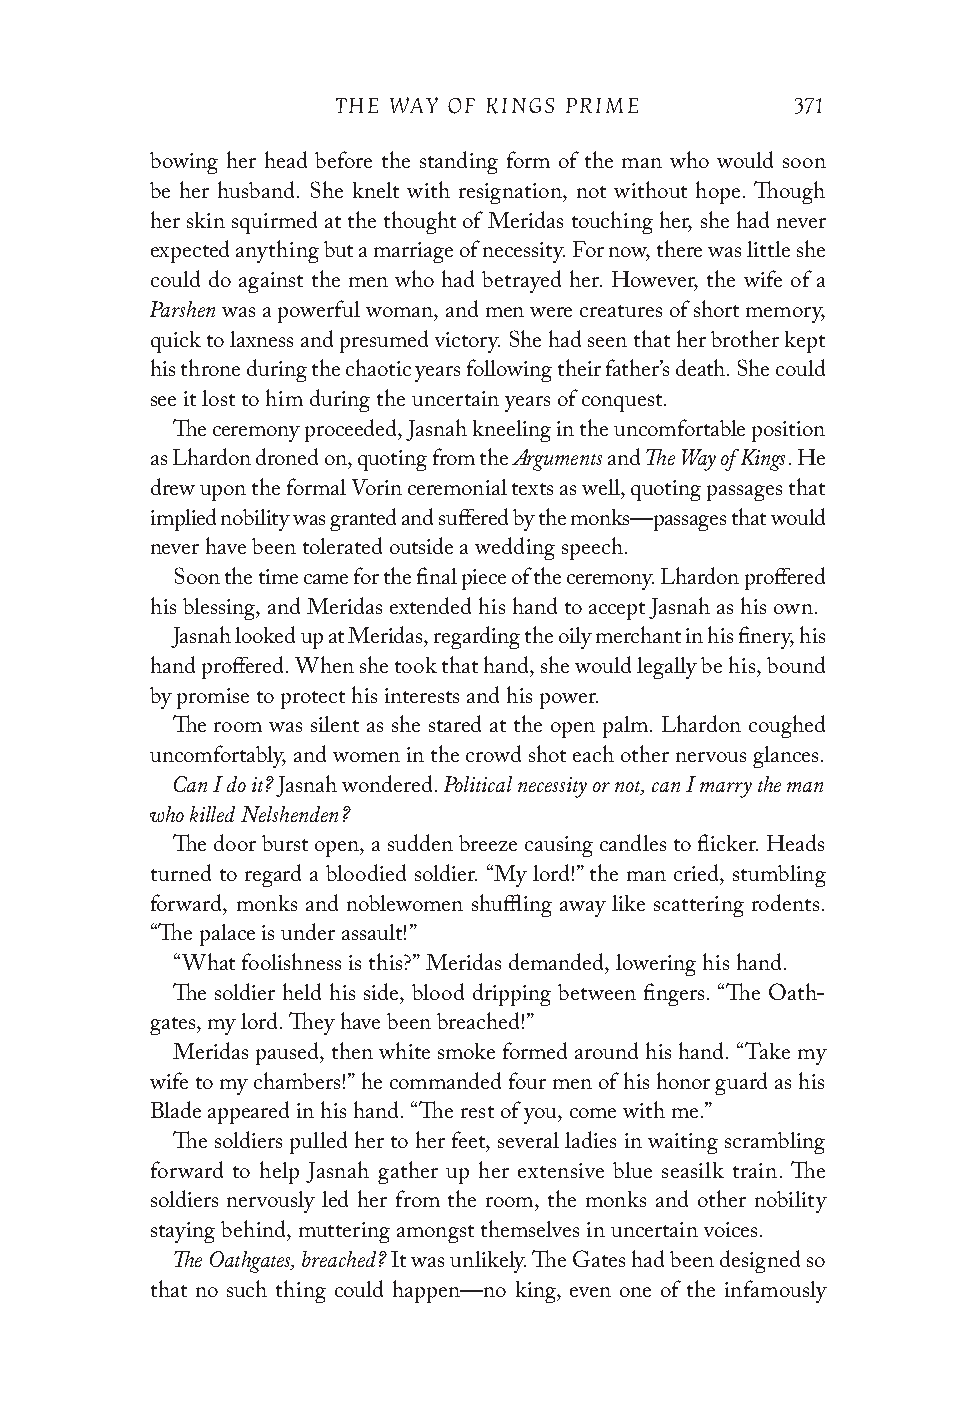
THE WAY OF KINGS PRIME         371
 bowing her head before the standing form of the man who would soon
 be her husband. She knelt with resignation, not without hope. Though
 her skin squirmed at the thought of Meridas touching her, she had never
 expected anything but a marriage of necessity. For now, there was little she
 could do against the men who had betrayed her. However, the wife of a
 Parshen
 was a powerful woman, and men were creatures of short memory,
 quick to laxness and presumed victory. She had seen that her brother kept
 his throne during the chaotic years following their father’s death. She could
 see it lost to him during the uncertain years of conquest.
 The ceremony proceeded, Jasnah kneeling in the uncomfortable position
 Arguments The Way of Kings
 as Lhardon droned on, quoting from the and . He
 drew upon the formal Vorin ceremonial texts as well, quoting passages that
 implied nobility was granted and suffered by the monks—passages that would
 never have been tolerated outside a wedding speech.
 Soon the time came for the final piece of the ceremony. Lhardon proffered
 his blessing, and Meridas extended his hand to accept Jasnah as his own.
 Jasnah looked up at Meridas, regarding the oily merchant in his finery, his
 hand proffered. When she took that hand, she would legally be his, bound
 by promise to protect his interests and his power.
 The room was silent as she stared at the open palm. Lhardon coughed
 uncomfortably, and women in the crowd shot each other nervous glances.
 Can I do it?      Political necessity or not, can I marry the man
 Jasnah wondered.
 who killed Nelshenden?
 The door burst open, a sudden breeze causing candles to flicker. Heads
 turned to regard a bloodied soldier. “My lord!” the man cried, stumbling
 forward, monks and noblewomen shuffling away like scattering rodents.
 “The palace is under assault!”
 “What foolishness is this?” Meridas demanded, lowering his hand.
 The soldier held his side, blood dripping between fingers. “The Oath-
 gates, my lord. They have been breached!”
 Meridas paused, then white smoke formed around his hand. “Take my
 wife to my chambers!” he commanded four men of his honor guard as his
 Blade appeared in his hand. “The rest of you, come with me.”
 The soldiers pulled her to her feet, several ladies in waiting scrambling
 forward to help Jasnah gather up her extensive blue seasilk train. The
 soldiers nervously led her from the room, the monks and other nobility
 staying behind, muttering amongst themselves in uncertain voices.
 The Oathgates, breached?
 It was unlikely. The Gates had been designed so
 that no such thing could happen—no king, even one of the infamously